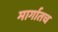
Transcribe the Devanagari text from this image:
मार्गातच